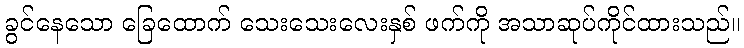
ခွင်နေသော ခြေထောက် သေးသေးလေးနှစ် ဖက်ကို အသာဆုပ်ကိုင်ထားသည်။